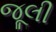
જૂલી